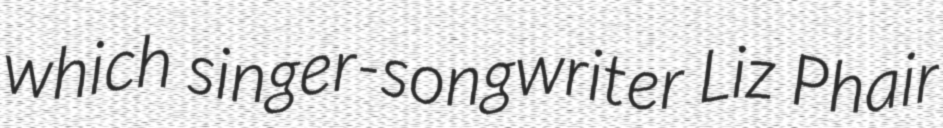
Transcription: which singer-songwriter Liz Phair